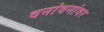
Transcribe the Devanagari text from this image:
वनांवनांवर